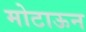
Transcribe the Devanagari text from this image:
मोटाऊन